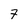
Character: 7